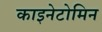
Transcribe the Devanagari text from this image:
काइनेटोमिन